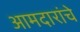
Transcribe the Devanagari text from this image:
आमदारांचे